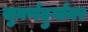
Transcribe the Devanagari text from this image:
सुवर्णदुर्गावर